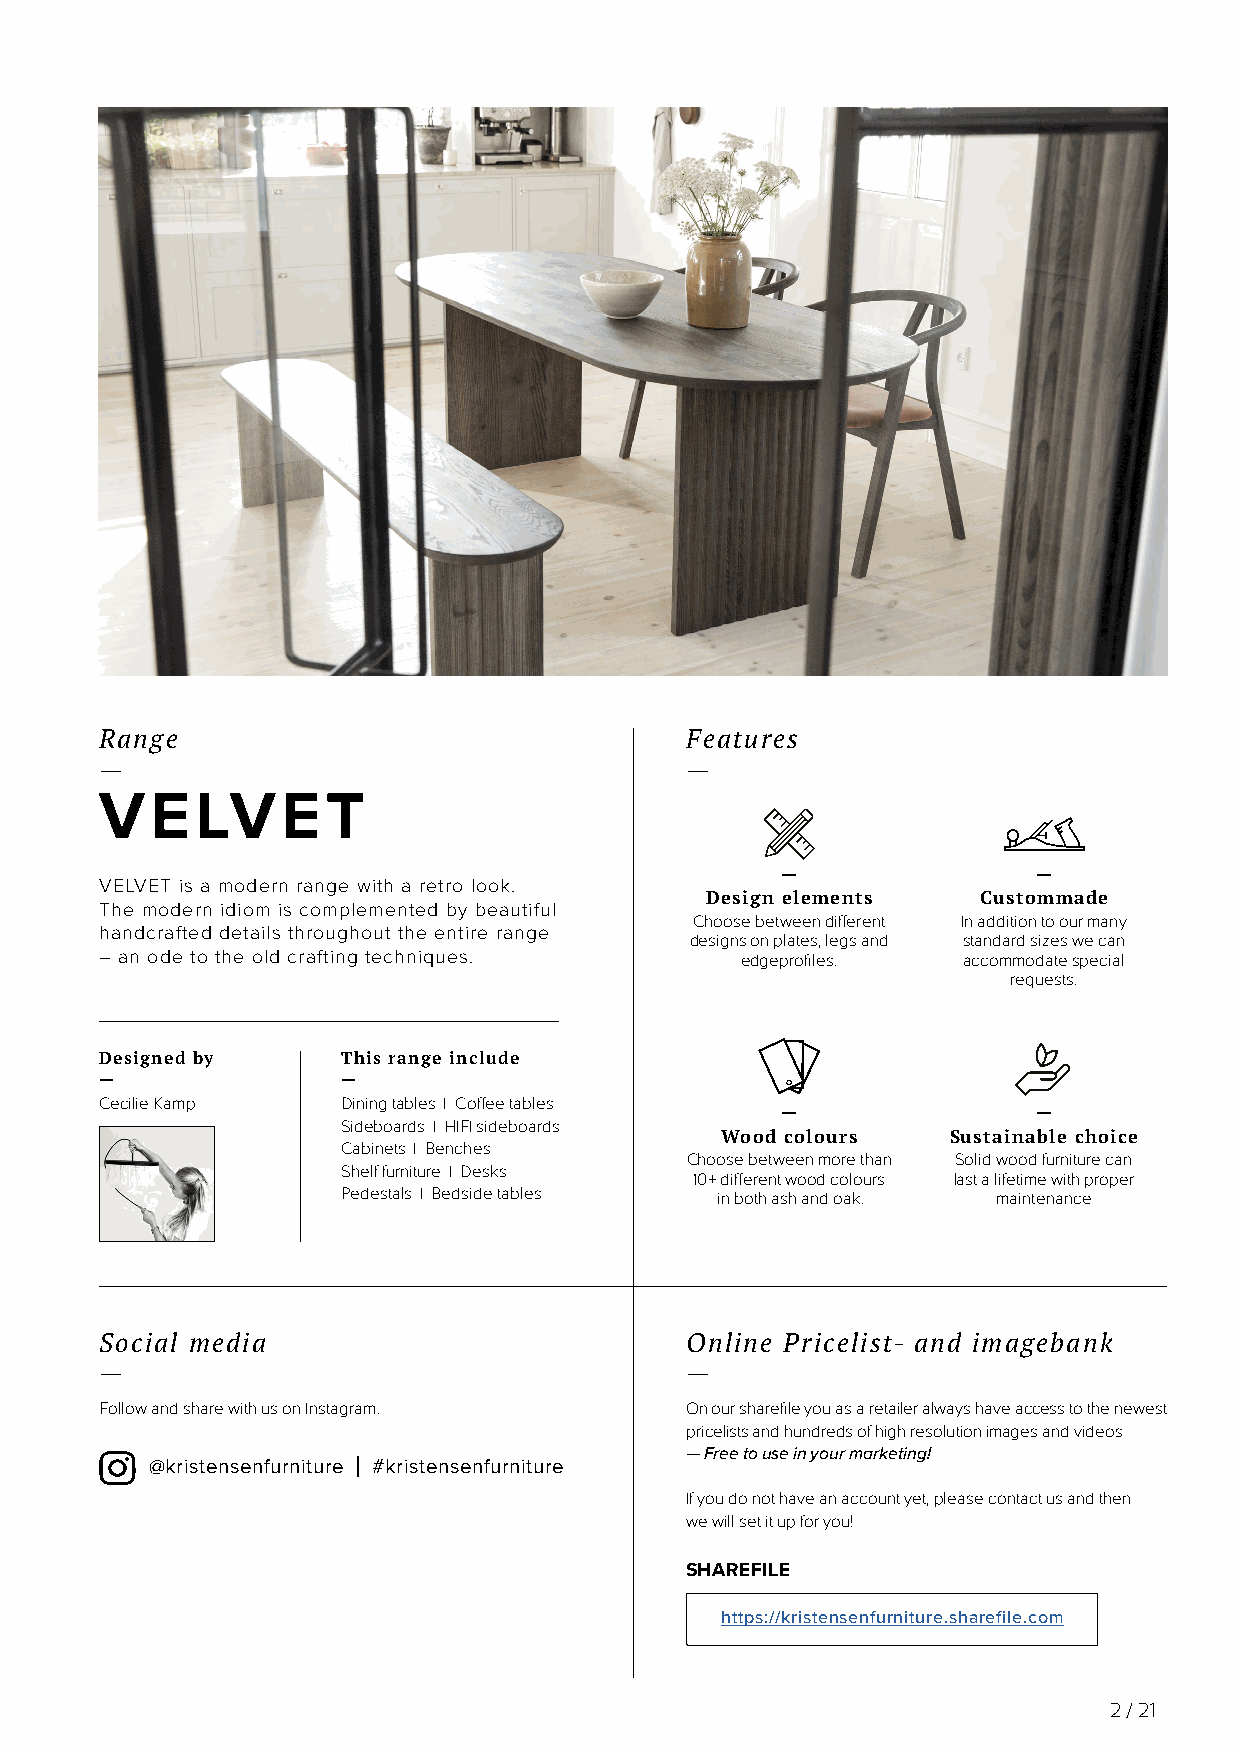
Range                                 Features
 —                                     —
 VELVET
 —                —
 VELVET is a modern range with a retro look.
 Design elements   Custommade
 The modern idiom is complemented by beautiful
 Choose between diff erent In addition to our many
 handcrafted details throughout the entire range
 designs on plates, legs and standard sizes we can
 – an ode to the old crafting techniques.  edgeprofi les. accommodate special
 requests.
 Designed by     This range include
 —               —
 Cecilie Kamp    Dining tables | Coff ee tables
 —                —
 Sideboards | HIFI sideboards
 Wood colours   Sustainable choice
 Cabinets | Benches
 Choose between more than Solid wood furniture can
 Shelf furniture | Desks
 10+ diff erent wood colours last a lifetime with proper
 Pedestals | Bedside tables in both ash and oak. maintenance
 Social media                          Online Pricelist- and imagebank
 —                                     —
 Follow and share with us on Instagram. On our sharefi le you as a retailer always have access to the newest
 pricelists and hundreds of high resolution images and videos
 — Free to use in your marketing!
 @kristensenfurniture | #kristensenfurniture
 If you do not have an account yet, please contact us and then
 we will set it up for you!
 SHAREFILE
 hhttttppss::////kkrriisstteennsseennffuurrnniittuurree..sshhaarreeffiillee..ccoomm
 2 / 21